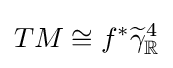
TM\cong f^{*}{\widetilde {\gamma }}_{\mathbb {R} }^{4}